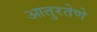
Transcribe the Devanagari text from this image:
आतुरतेणे